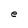
Character: e